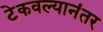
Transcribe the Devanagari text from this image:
टेकवल्यानंतर